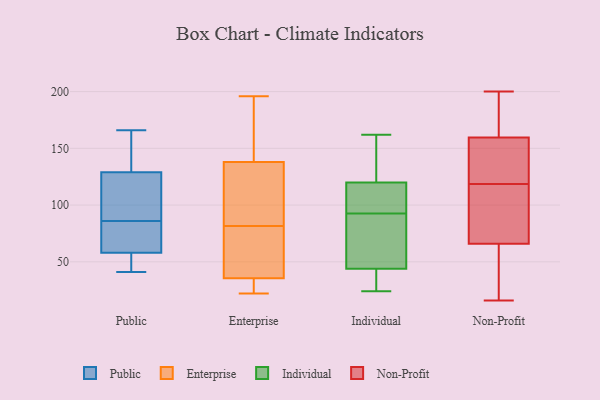
{"axis": {"x": "Energy Usage (MWh)", "y": "Value"}, "legend": ["Enterprise", "Individual", "Non-Profit", "Public"], "data": [{"x": "", "y": 64, "type": "Public"}, {"x": "", "y": 48, "type": "Public"}, {"x": "", "y": 154, "type": "Public"}, {"x": "", "y": 166, "type": "Public"}, {"x": "", "y": 129, "type": "Public"}, {"x": "", "y": 104, "type": "Public"}, {"x": "", "y": 45, "type": "Public"}, {"x": "", "y": 152, "type": "Public"}, {"x": "", "y": 58, "type": "Public"}, {"x": "", "y": 81, "type": "Public"}, {"x": "", "y": 41, "type": "Public"}, {"x": "", "y": 85, "type": "Public"}, {"x": "", "y": 93, "type": "Public"}, {"x": "", "y": 45, "type": "Public"}, {"x": "", "y": 87, "type": "Public"}, {"x": "", "y": 61, "type": "Public"}, {"x": "", "y": 122, "type": "Public"}, {"x": "", "y": 148, "type": "Public"}, {"x": "", "y": 22, "type": "Enterprise"}, {"x": "", "y": 93, "type": "Enterprise"}, {"x": "", "y": 31, "type": "Enterprise"}, {"x": "", "y": 139, "type": "Enterprise"}, {"x": "", "y": 57, "type": "Enterprise"}, {"x": "", "y": 63, "type": "Enterprise"}, {"x": "", "y": 26, "type": "Enterprise"}, {"x": "", "y": 196, "type": "Enterprise"}, {"x": "", "y": 132, "type": "Enterprise"}, {"x": "", "y": 137, "type": "Enterprise"}, {"x": "", "y": 40, "type": "Enterprise"}, {"x": "", "y": 116, "type": "Enterprise"}, {"x": "", "y": 174, "type": "Enterprise"}, {"x": "", "y": 29, "type": "Enterprise"}, {"x": "", "y": 167, "type": "Enterprise"}, {"x": "", "y": 70, "type": "Enterprise"}, {"x": "", "y": 75, "type": "Individual"}, {"x": "", "y": 110, "type": "Individual"}, {"x": "", "y": 44, "type": "Individual"}, {"x": "", "y": 162, "type": "Individual"}, {"x": "", "y": 147, "type": "Individual"}, {"x": "", "y": 120, "type": "Individual"}, {"x": "", "y": 29, "type": "Individual"}, {"x": "", "y": 44, "type": "Individual"}, {"x": "", "y": 118, "type": "Individual"}, {"x": "", "y": 24, "type": "Individual"}, {"x": "", "y": 19, "type": "Non-Profit"}, {"x": "", "y": 82, "type": "Non-Profit"}, {"x": "", "y": 41, "type": "Non-Profit"}, {"x": "", "y": 196, "type": "Non-Profit"}, {"x": "", "y": 172, "type": "Non-Profit"}, {"x": "", "y": 85, "type": "Non-Profit"}, {"x": "", "y": 152, "type": "Non-Profit"}, {"x": "", "y": 117, "type": "Non-Profit"}, {"x": "", "y": 190, "type": "Non-Profit"}, {"x": "", "y": 115, "type": "Non-Profit"}, {"x": "", "y": 51, "type": "Non-Profit"}, {"x": "", "y": 146, "type": "Non-Profit"}, {"x": "", "y": 16, "type": "Non-Profit"}, {"x": "", "y": 144, "type": "Non-Profit"}, {"x": "", "y": 142, "type": "Non-Profit"}, {"x": "", "y": 120, "type": "Non-Profit"}, {"x": "", "y": 167, "type": "Non-Profit"}, {"x": "", "y": 200, "type": "Non-Profit"}, {"x": "", "y": 44, "type": "Non-Profit"}, {"x": "", "y": 81, "type": "Non-Profit"}]}